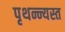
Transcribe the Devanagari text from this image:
पृथन्न्यस्त